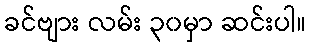
ခင်ဗျား လမ်း ၃၀မှာ ဆင်းပါ။